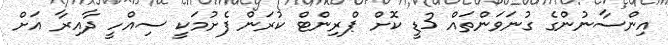
އިންސާނުންގެ ގުނަވަންތައް 3ޑީ ކޮށް ޕްރިންޓް ކުރަން ފެށުމަކީ ސިއްހީ ދާއިރާ އަށް